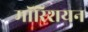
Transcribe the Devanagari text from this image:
मॉरिशयन